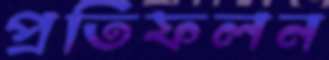
প্রতিফলন